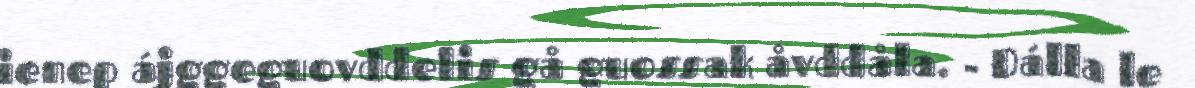
ienep ájggeguovddelis gå guossak åvddåla. - Dálla le